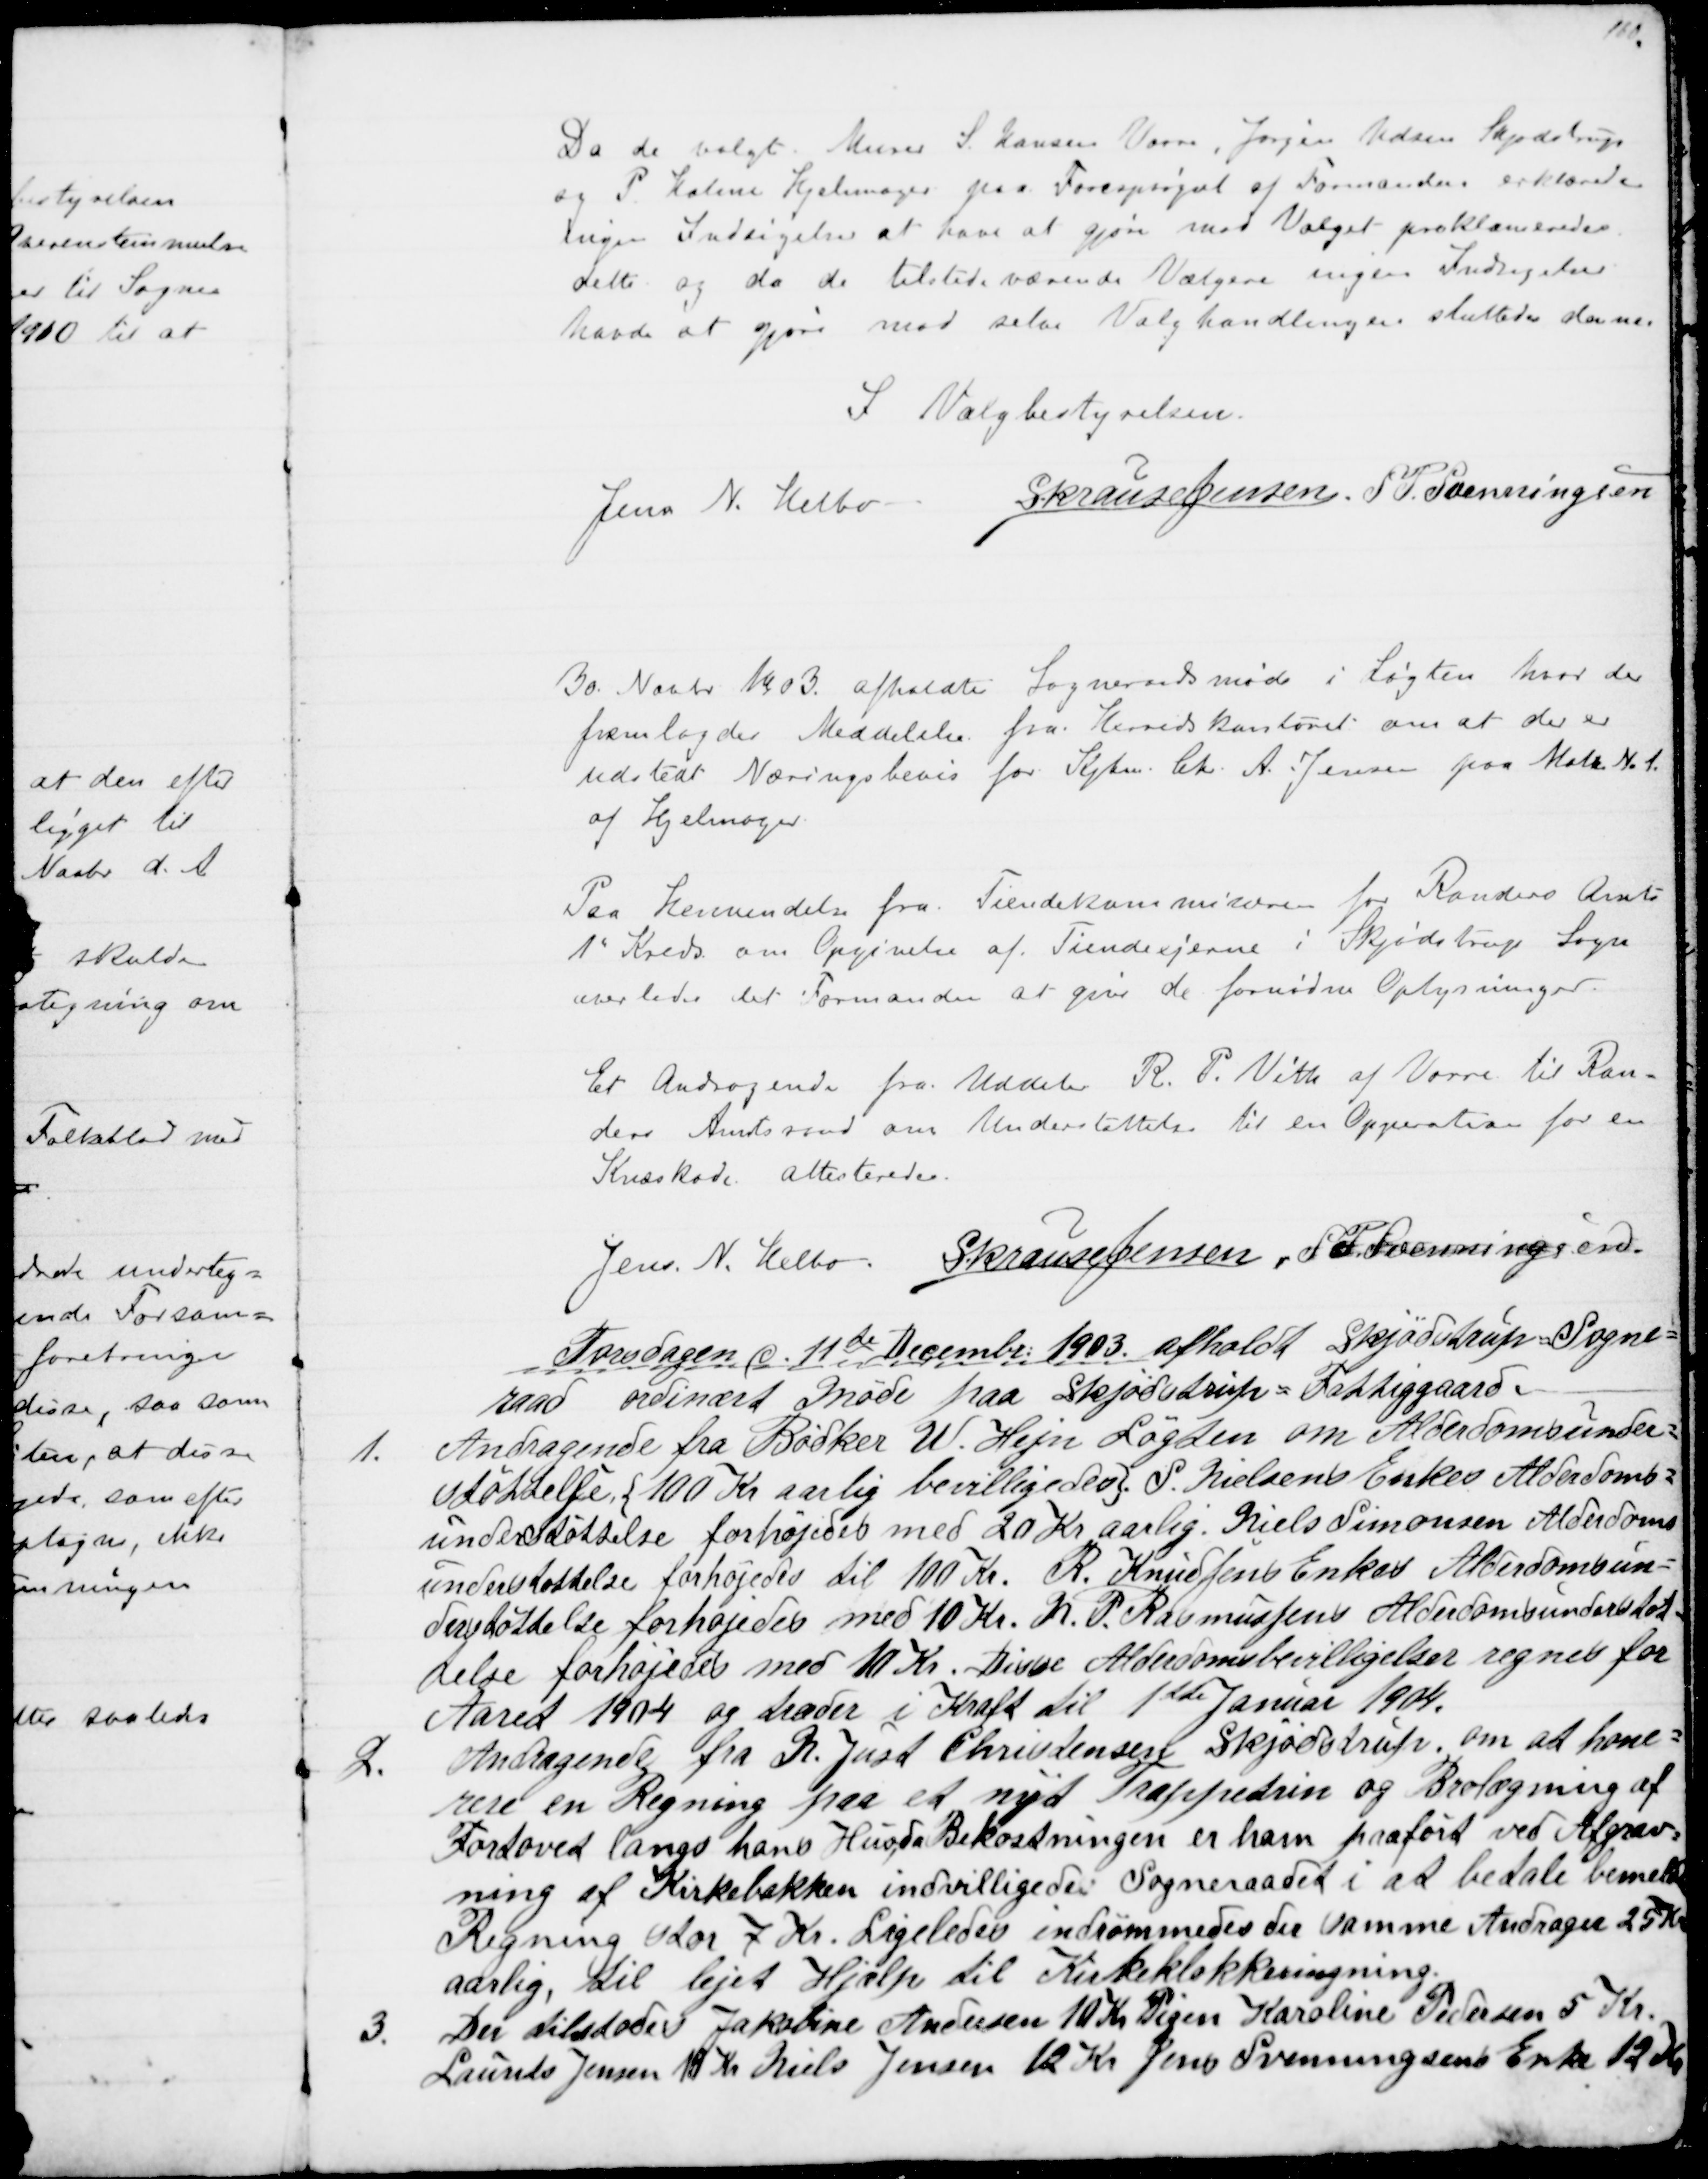
Transskription:
Da de valgte Murer S. Hansen Vorre, Jørgen Udsen Skjødstrup
og P. Holme Hjelmager paa Forespørgsel af Formanden erklærede
ingen Indsigelser at have at gjøre mod Valget proklameredes.
dette og da de tilstedeværende Vælgere ingen Indsigelser
havde at gjøre mod selve Valghandlingen sluttedes denne.
I Valgbestyrelsen.
Jens N. Helbo
S Krause Jensen. S. P. Svenningsen
30. Novbr 1903. afholdtes Sogneraadsmøde i Løgten hvor der
fremlagdes Meddelelse fra Herredskontoret om at der er
udstedt Næringsbevis for Kjbm. Chr. A. Jensen paa Matr. № 1.
af Hjelmager.
Paa Henvendelse fra Tiendekommisæren for Randers Amts
1" Kreds. om Opgivelse af Tiendeejerne i Skjødstrup Sogn
overlodes det Formanden at give de fornødne Oplysninger.
Et Andragende fra Uddeler R. P. Vith af Vorre til Ran-
ders Amtsraad om Understøttelse til en Opperation for en
Kræskade attesteredes.
Jens N. Helbo. S Krause Jensen, S. P. Svenningsen
Torsdagen d. 11te December 1903. afholdt Skjødstrup Sogne=
raad ordinært Møde paa Skjødstrup = Fattiggaard.
1.
Andragende fra Bødker W. Hejn Løgten om Alderdomsunder=
støttelse {100 Kr aarlig bevilligedes}. S. Nielsens Enkes Alderdoms=
understøttelse forhøjedes med 20 Kr aarlig. Niels Simonsen Alderdoms
understøttelse forhøjedes til 100 Kr. R. Knudsens Enkes Alderdomsun=
derstøttelse forhøjedes med 10 Kr. N. P. Rasmussens Alderdomsunderstøt=
telse forhøjedes med 10 Kr. Disse Alderdomsbevilligelser regnes for
Aaret 1904 og træder i Kraft til 1ste Januar 1904.
2.
Andragende fra N. Just Christensen Skjødstrup, om at hone=
rere en Regning paa et nyt Trappetrin og Brolægning af
Fortovet langs hans Hus, da Bekostningen er ham paaført ved Afgrav=
ning af Kirkebakken indvilligedes Sogneraadet i at betale bemeldte
Regning stor 7 Kr. Ligeledes indrømmedes der samme Andrager 25 Kr
aarlig, til lejet Hjælp til Kirkeklokkeringning.
3.
Der tilstodes Jakobine Andersen 10 Kr. Pigen Karoline Pedersen 5 Kr.
Laurits Jensen 10 Kr Niels Jensen 12 Kr Jens Svenningsens Enke 12 Kr